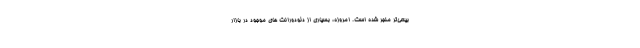
بیعی­تر منجر شده است. امروزه، بسیاری از دئودورانت های موجود در بازار